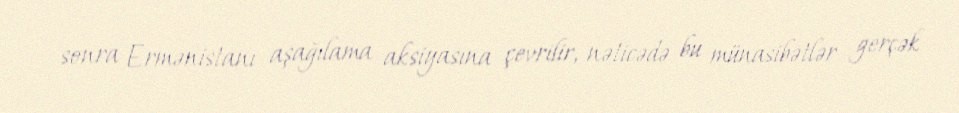
sonra Ermənistanı aşağılama aksiyasına çevrilir, nəticədə bu münasibətlər gerçək